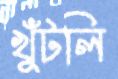
খুঁটলি